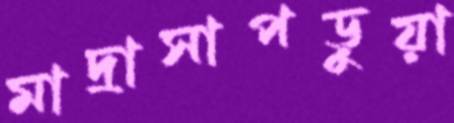
মাদ্রাসাপড়ুয়া